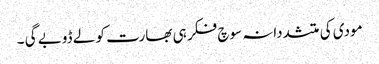
مودی کی متشددانہ سوچ فکر ہی بھارت کو لے ڈوبے گی ۔